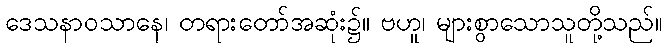
ဒေသနာဝသာနေ၊ တရားတော်အဆုံး၌။ ဗဟူ၊ များစွာသောသူတို့သည်။